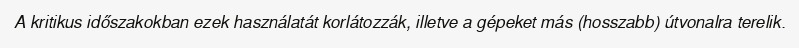
A kritikus időszakokban ezek használatát korlátozzák, illetve a gépeket más (hosszabb) útvonalra terelik.